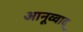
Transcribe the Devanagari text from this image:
आनूव्वाद्